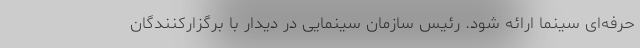
حرفه‌ای سینما ارائه شود. رئیس سازمان سینمایی در دیدار با برگزارکنندگان